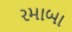
રમાબા